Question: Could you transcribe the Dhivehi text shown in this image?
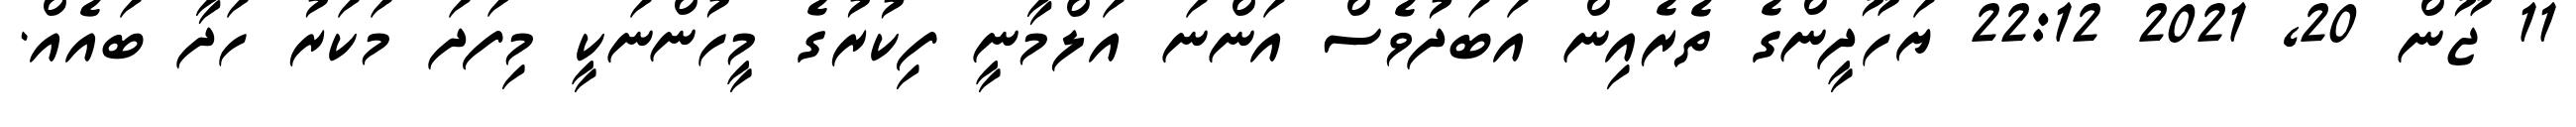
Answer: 11 ޖޫން 20, 2021 22:12 ޔަހޫދީންގެ ތެރެއިން އަބަދުވެސް އަންނަ އަލްމާނީ ފިކުރުގެ މީހުންނަކީ މިފަދަ މަކަރު ހަދާ ބައެއް.